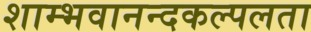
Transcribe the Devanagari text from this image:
शाम्भवानन्दकल्पलता